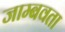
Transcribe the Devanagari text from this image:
जाम्बवता